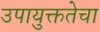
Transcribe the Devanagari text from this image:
उपायुक्ततेचा